Annual report on the Civil Veterinary Department, Burma (including the Insein Veterinary School) - 1932-1941
Year: 1932
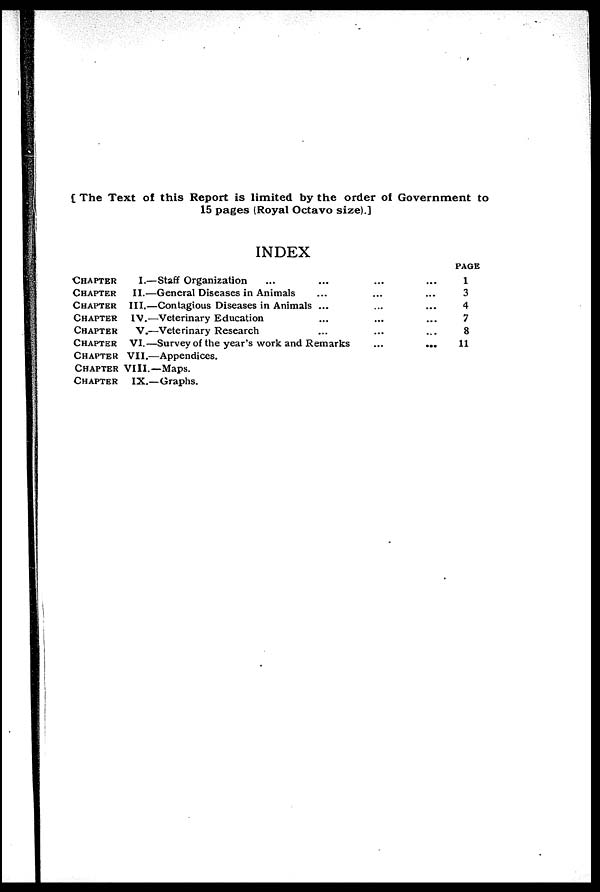
[ The Text of this Report is limited by the order of Government to
15 pages (Royal Octavo size).]
INDEX
CHAPTER
CHAPTER
CHAPTER
CHAPTER
CHAPTER
CHAPTER
CHAPTER
CHAPTER
CHAPTER
I.—Staff Organization
...
...
II.—General Diseases in Animals
...
III.—Contagious Diseases in Animals ...
IV.—Veterinary Education...
V.—Veterinary Research
...
VI.—Survey of the year's work and Remarks
VII.—Appendices. ...
VIII.—Maps. ...
IX.—Graphs. ...
PAGE
1
3
4
7
8
11